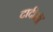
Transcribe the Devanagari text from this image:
दादीमाँ